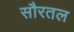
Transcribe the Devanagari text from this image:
सौरतल